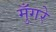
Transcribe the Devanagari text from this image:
मुँगरे